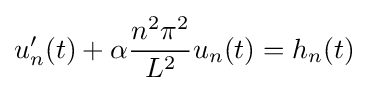
u'_{n}(t)+\alpha {\frac {n^{2}\pi ^{2}}{L^{2}}}u_{n}(t)=h_{n}(t)